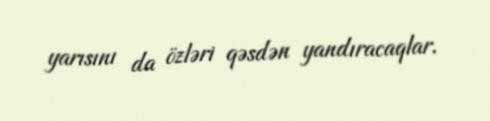
yarısını da özləri qəsdən yandıracaqlar.